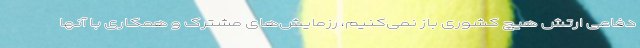
دفاعی ارتش هیچ کشوری باز نمی‌کنیم، رزمایش‌های مشترک و همکاری با آنها